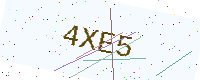
Text: 4XE5